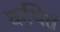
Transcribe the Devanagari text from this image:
कथितं